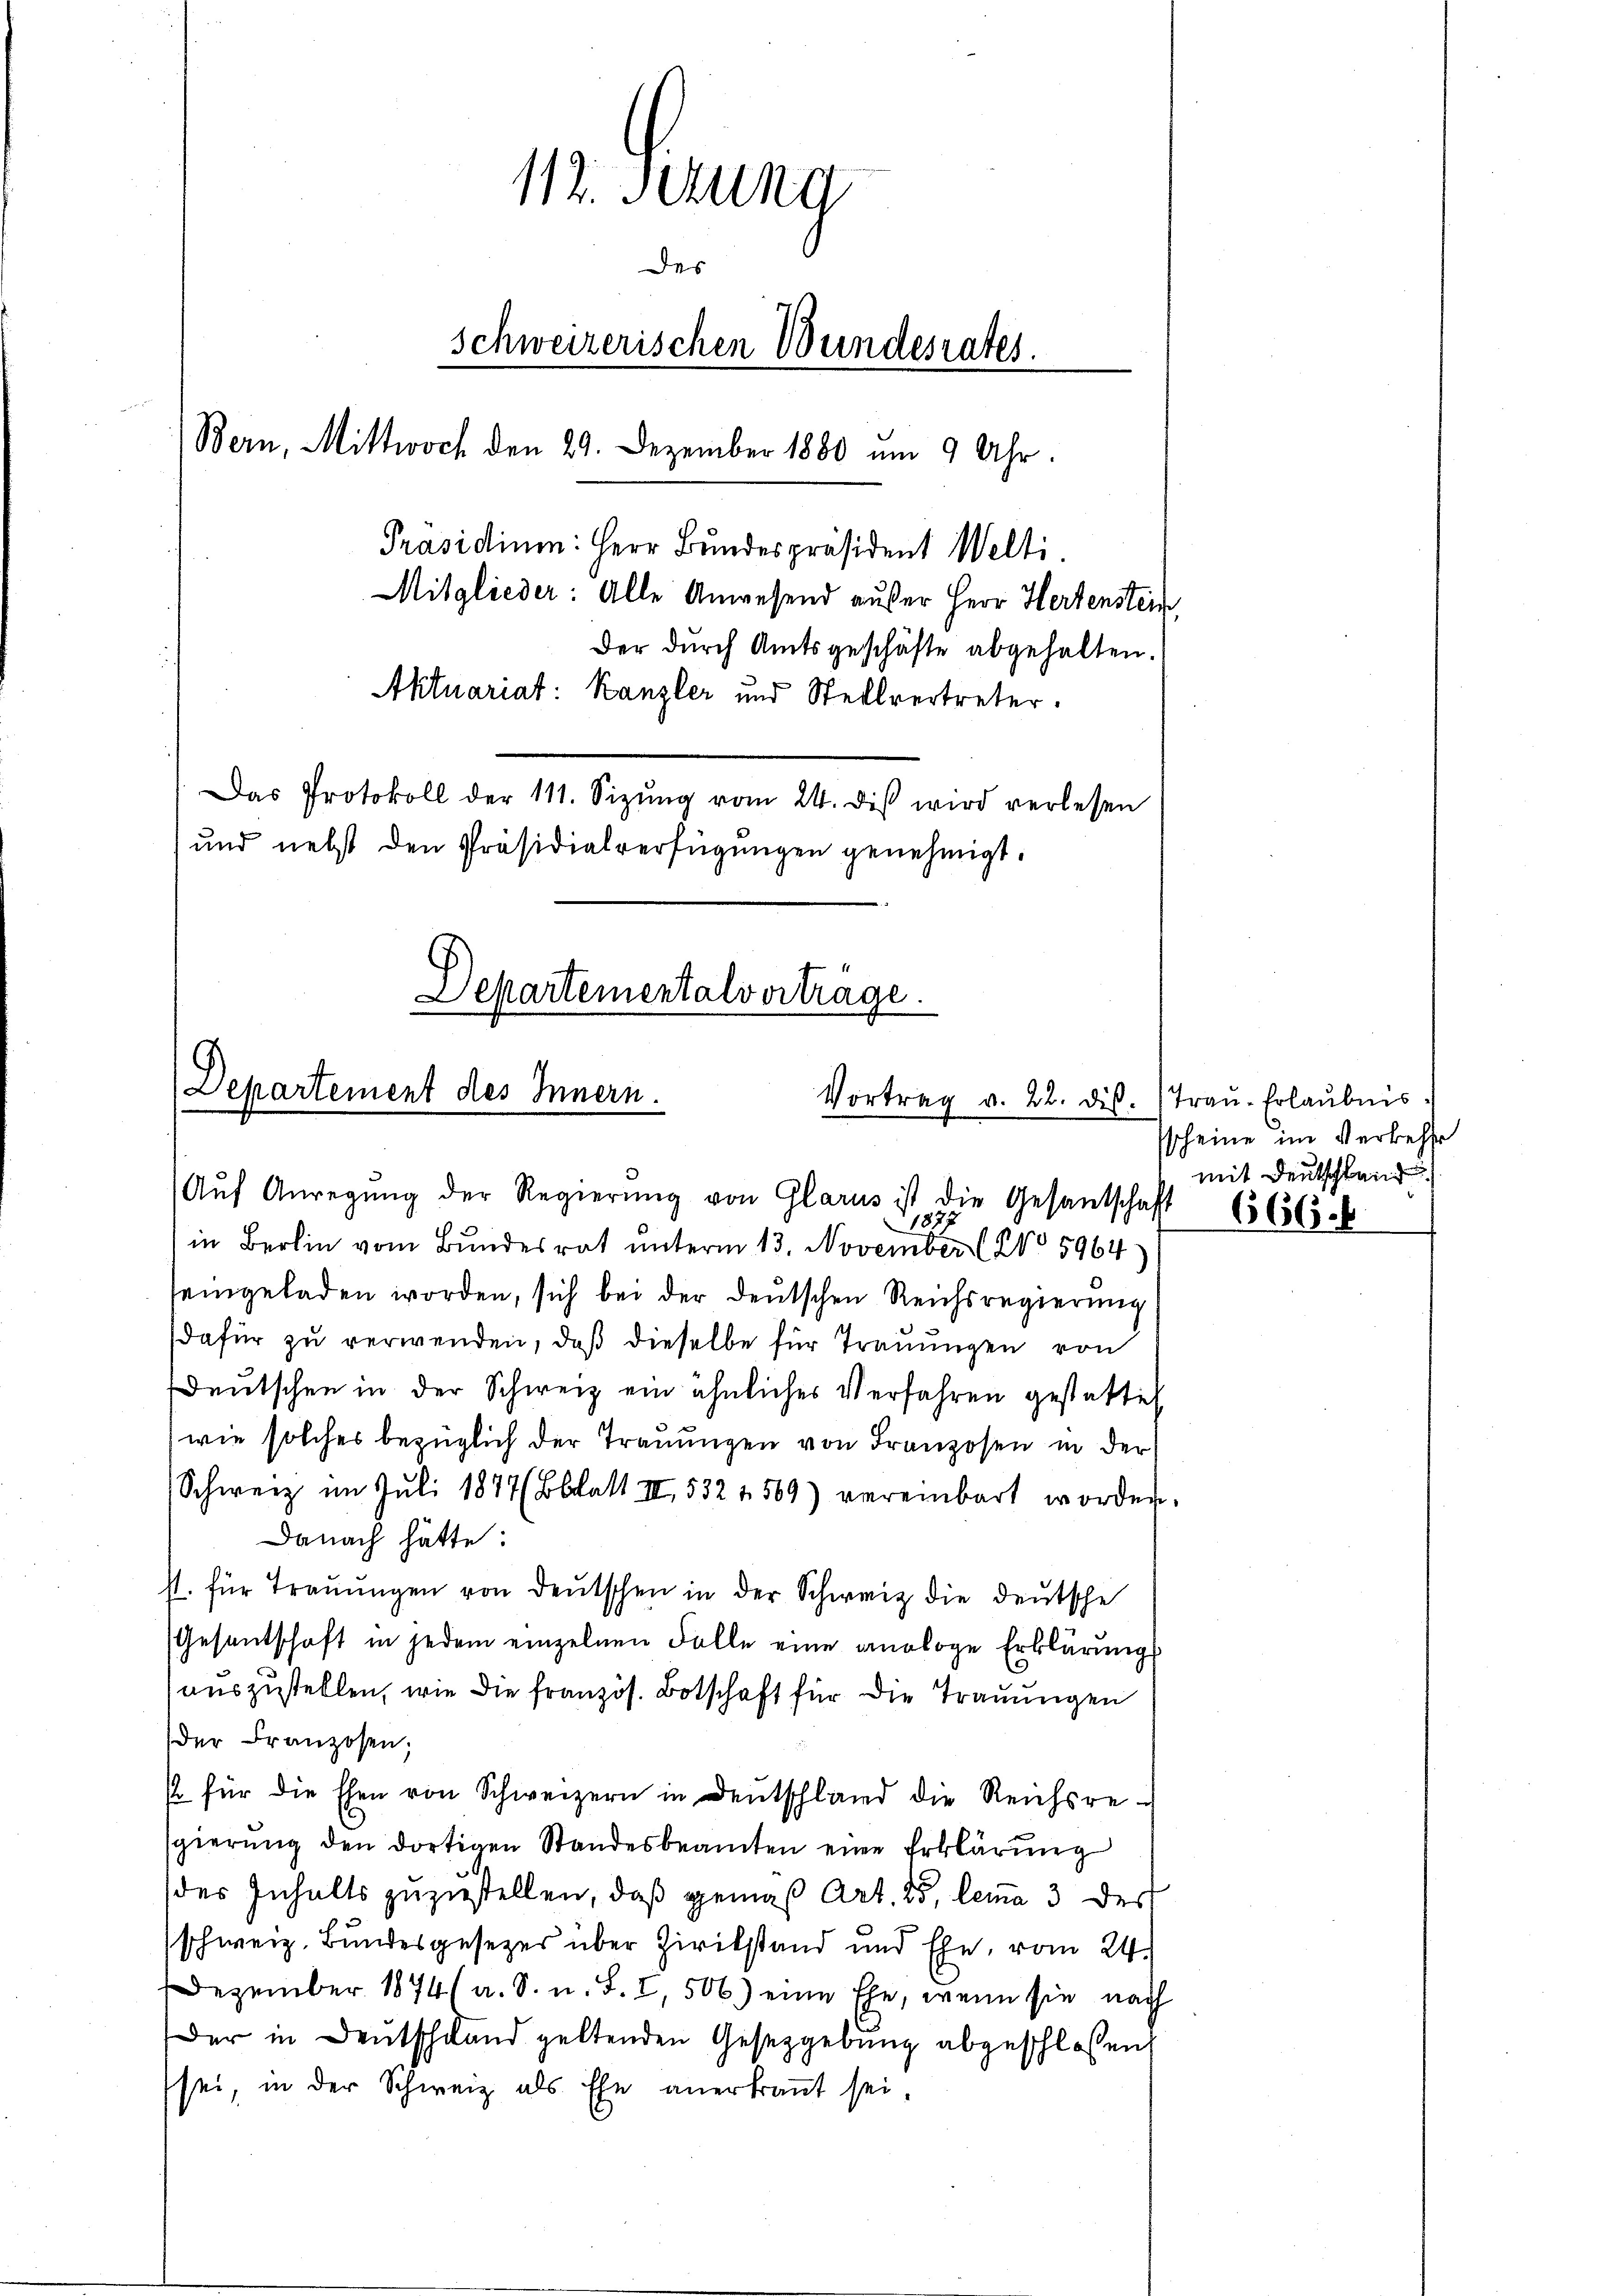
112. Setung
Des
schweizerischen Bundesrates.
Bern, Mittwoch den 29. Dezember 1880 um 9 Uhr.
Präsidium: Herr Bundespräsident Welti.
Mitglieder: Alle Anwesend außer Herr Hertenstein,
der durch Amtsgeschäfte abgehalten.
Aktuariat: Kanzler und Stellvertreter.
Das Protokoll der 111. Sizŭng vom 24. diβ wird verlesen
und nebst den Präsidialverfügungen genehmigt.

Departement des Innern.
Vortrag v. 22. ds. Trau-Erlaubnis.

Aŭf Anregŭng der Regierŭng von Glarus ist die Gesantschaft
in Berlin vom Bundesrat unterm 13. November No 5964
seingeladen worden, sich bei der deutschen Reichsregierung
dafür zu verwenden, daß dieselbe für Trauungen von
deutschen in der Schweiz ein ähnliches Verfahren gestattet
wie solches bezüglich der Trauungen von Franzosen in der
Schweiz im Juli 1877 (Blatt II 532 f 569) vereinbart worden.
Danach hätte:
s. für Trauungen von deutschen in der Schweiz die deutsche
Gesentschaft in jedem einzelnen Falle eine analoge Erklärung
auszustellen, wie die französ. Botschaft für die Trauungen
der Franzosen,
/ für die Ehen von Schweizern in Deutschland die Reichsre-
sgierung den dortigen Standesbeamten eine Erklärung
der Inhalts zuzustellen, daß gemäß Art. 85, lemma 3 der
schweiz. Bundesgesezes über Zirikstand und Ehe, vom 24.
Dezember 1874 (a. S. u. S. I, 506) eine Ehe, wenn sie nach
Der in Deutschland geltenden Gesetzgebung abgeschloßen,
sei, in der Schweiz als Ehe anerkrant sei.

Departementalvortrage.

1877

sscheine im Verkehr
mit Deutschland

666.